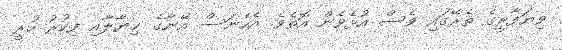
ވިޔަފާރީގެ ތެރޭގައި ވެސް އުޅެވެން އޮތެވެ. އެހެނަސް އޭނާގެ ޚިޔާލާއި ފިކުރު ހުރީ